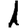
Digit: 1